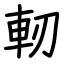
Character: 軔